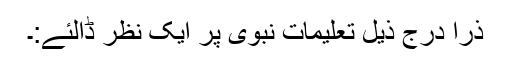
ذرا درج ذیل تعلیمات نبوی پر ایک نظر ڈالئے:۔